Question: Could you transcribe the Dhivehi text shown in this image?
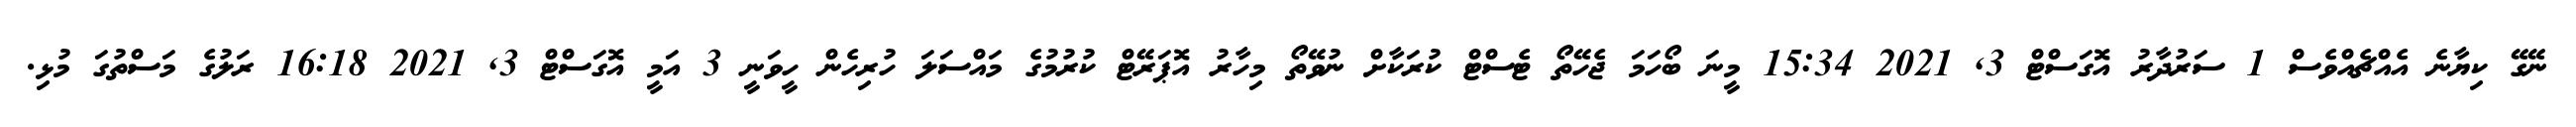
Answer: ނޭގޭ ކިޔާނެ އެއްޗެއްވެސް 1 ސަރުދާރު އޮގަސްޓް 3, 2021 15:34 މީނަ ބޯހަމަ ޖެހޭތޯ ޓެސްޓް ކުރަކާށް ނުވޭތޯ މިހާރު އޮޕަރޭޓް ކުރުމުގެ މައްސަލަ ހުރިހެން ހީވަނީ 3 އަމީ އޮގަސްޓް 3, 2021 16:18 ރަލުގެ މަސްތުގަ މުޅި.